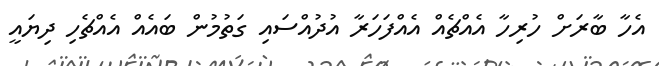
އެހާ ބާރަށް ހުރިހާ އެއްޗެއް އެއްފަހަރާ އުދުއްސައި ގަތުމުން ބައެއް އެއްޗެހި ދިޔައީ